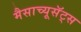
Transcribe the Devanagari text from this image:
मैसाच्यूसॅट्स